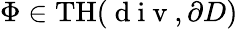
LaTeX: \Phi\in\mathrm{TH}(\mathrm{~d~i~v~},\partial D)